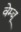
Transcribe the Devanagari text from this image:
वेम्बू